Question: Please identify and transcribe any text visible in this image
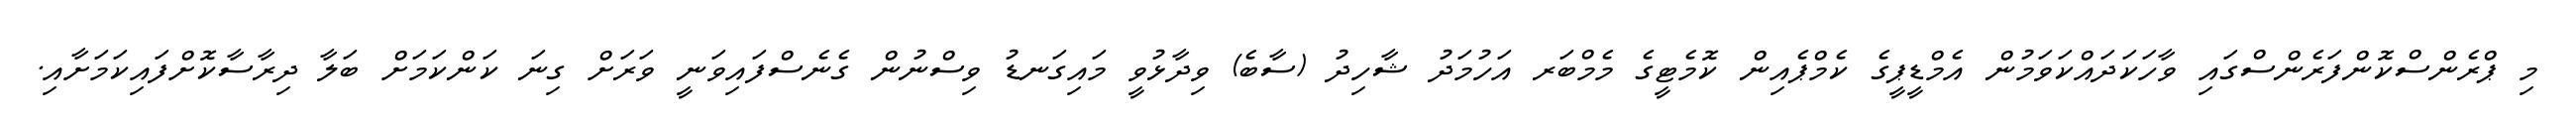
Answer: މި ޕްރެންސްކޮންފަރެންސްގައި ވާހަކަދައްކަވަމުން އެމްޑީޕީގެ ކެމްޕެއިން ކޮމެޓީގެ މެމްބަރ އަހުމަދު ޝާހިދު (ސާބެ) ވިދާޅުވީ މައިގަނޑު ވިސްނުން ގެނެސްފައިވަނީ ވަރަށް ގިނަ ކަންކަމަށް ބަލާ ދިރާސާކޮށްފައިކަމަށާއި.